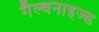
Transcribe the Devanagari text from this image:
गैल्वनाइज्ड